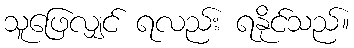
သူဖြေလျှင် ရလည်း ရနိုင်သည်။